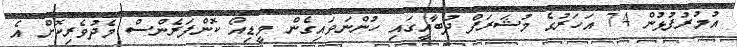
އުމުރުފުޅުން 74 އަހަރުގެ މުޝަރަފް ދުބާއީގައި ހުންނަވައިގެން ވީޑިއޯ ކޮންފަރެންސް މެދުވެރިކޮށް އެ